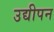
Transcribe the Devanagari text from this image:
उद्यीपन